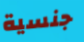
جنسية